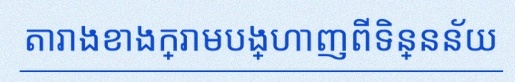
តារាងខាងក្រោមបង្ហាញពីទិន្នន័យ